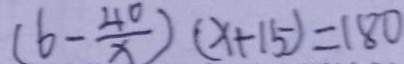
( 6 - \frac { 4 0 } { x } ) ( x + 1 5 ) = 1 8 0